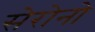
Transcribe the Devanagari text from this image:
सेरोनो